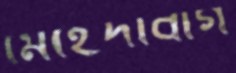
মেহেদীবাগ